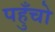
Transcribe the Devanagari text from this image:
पहुँचो